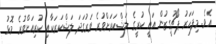
އެވެ. މިފަހަރު ޕޯޗުގީޒުން އައީ ކުރީގެ ލަޝްކަރަށްވުރެ ވަރުގަދަ ލަޝްކަރަކާއި ކުރިއަށްވުރެ މޮޅު